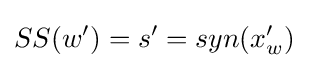
SS(w')=s'=syn(x_{w}')